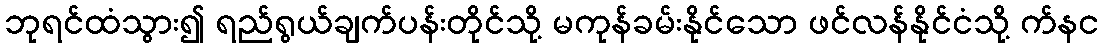
ဘုရင်ထံသွား၍ ရည်ရွယ်ချက်ပန်းတိုင်သို့ မကုန်ခမ်းနိုင်သော ဖင်လန်နိုင်ငံသို့ က်နင